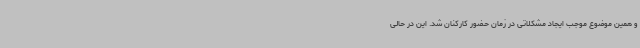
و همین موضوع موجب ایجاد مشکلاتی در زمان حضور کارکنان شد. این در حالی